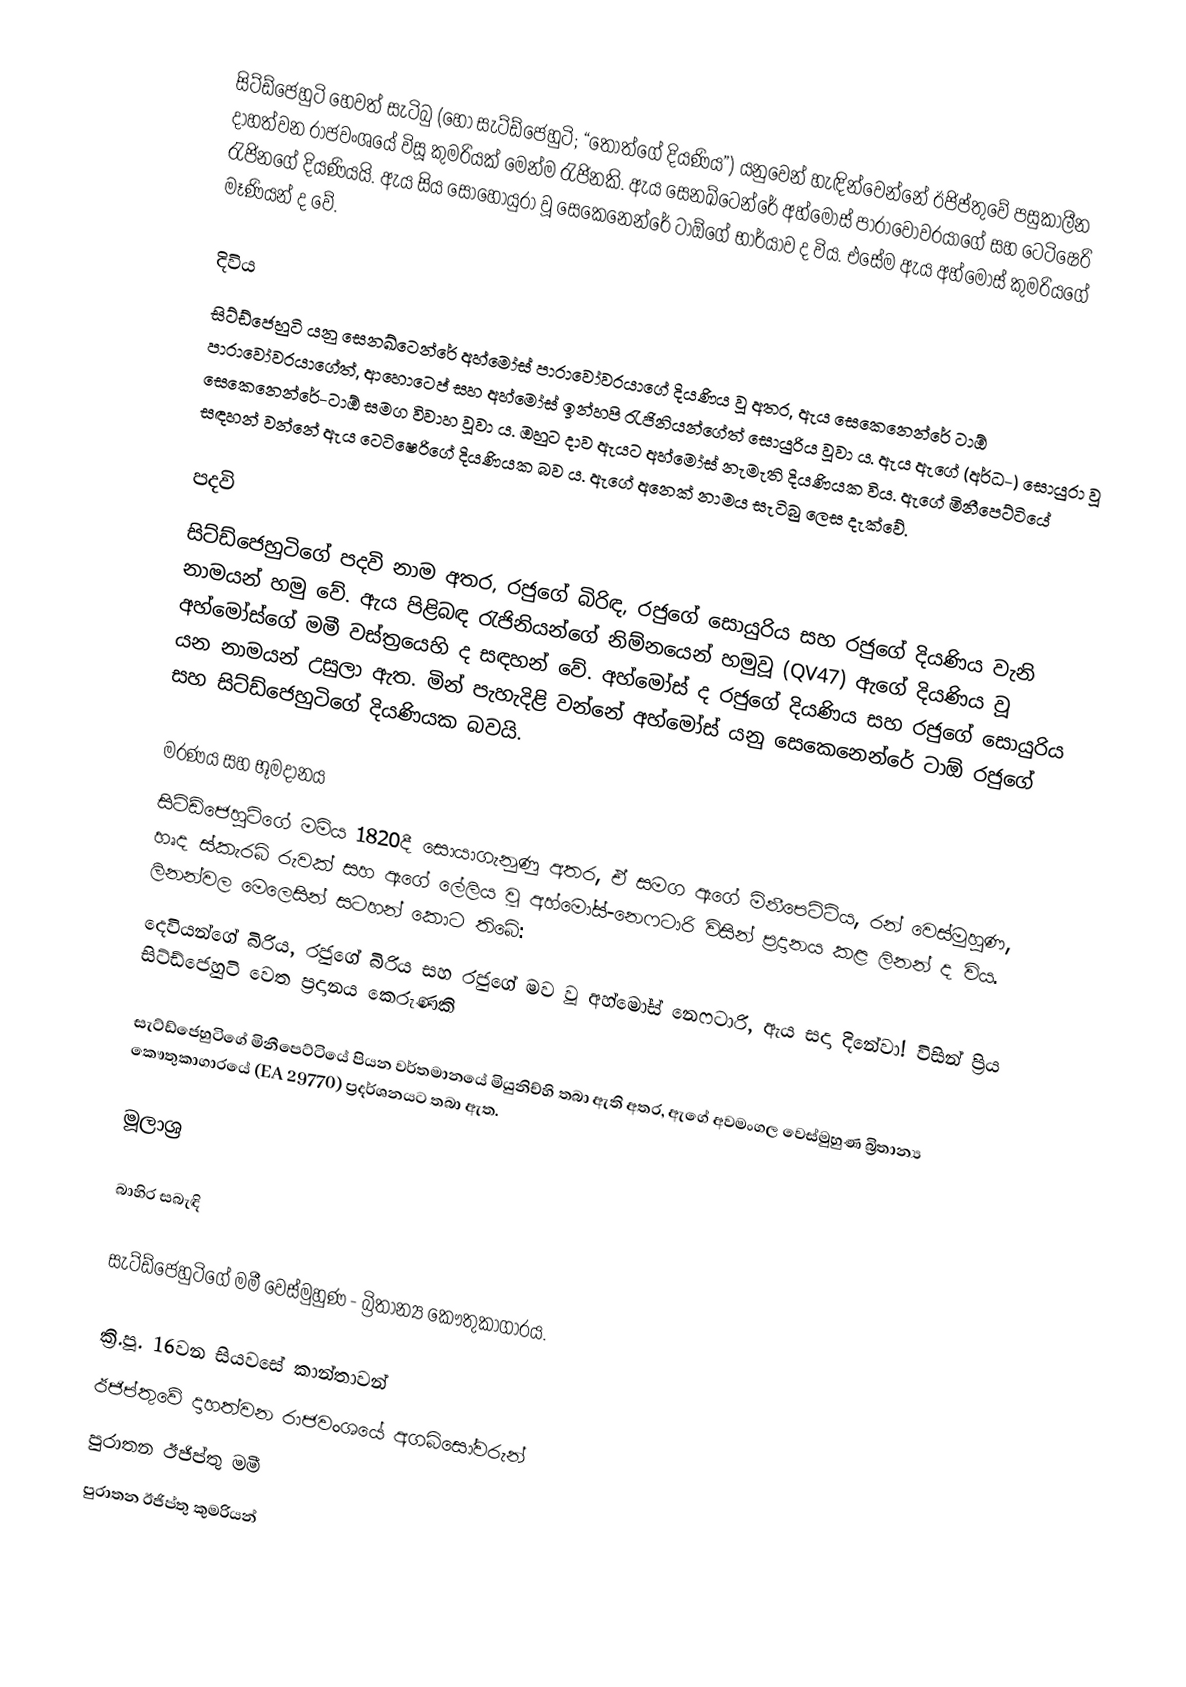
සිට්ඩ්ජෙහුටි හෙවත් සැටිබු (හෝ සැට්‍ඩ්ජෙහුටි; “තොත්ගේ දියණිය”) යනුවෙන් හැඳින්වෙන්නේ ඊජිප්තුවේ පසුකාලීන දාහත්වන රාජවං‍ශයේ විසූ කුමරියක් මෙන්ම රැජිනකි. ඇය සෙනඛ්ටෙන්රේ අහ්මෝස් පාරාවෝවරයාගේ සහ ටෙටිෂෙරි රැජිනගේ දියණියයි. ඇය සිය සොහොයුරා වූ සෙකෙනෙන්රේ ටාඕගේ භාර්යාව ද විය. එසේම ඇය අහ්මෝස් කුමරියගේ මෑණියන් ද වේ.

දිවිය
සිට්ඩ්ජෙහුටි යනු සෙනඛ්ටෙන්රේ අහ්මෝස් පාරාවෝවරයාගේ දියණිය වූ අතර, ඇය සෙකෙනෙන්රේ ටාඕ පාරාවෝවරයාගේත්, ආහොටෙප් සහ අහ්මෝස් ඉන්හපි රැජිනියන්ගේත් සොයුරිය වූවා ය. ඇය ඇගේ (අර්ධ-) සොයුරා වූ සෙකෙනෙන්රේ-ටාඕ සමග විවාහ වූවා ය. ඔහුට දාව ඇයට අහ්මෝස් නැමැති දියණියක විය. ඇගේ මිනීපෙට්ටියේ සඳහන් වන්නේ ඇය ටෙටිෂෙරිගේ දියණියක බව ය. ඇගේ අනෙක් නාමය සැටිබු ලෙස දැක්වේ.

පදවි
සිට්ඩ්ජෙහුටිගේ පදවි නාම අතර, රජුගේ බිරිඳ, රජුගේ සොයුරිය සහ රජුගේ දියණිය වැනි නාමයන් හමු වේ. ඇය පිළිබඳ රැජිනියන්ගේ නිම්නයෙන් හමුවූ (QV47) ඇගේ දියණිය‍ වූ අහ්මෝස්ගේ මමී වස්ත්‍රයෙහි ද සඳහන් වේ. අහ්මෝස් ද රජුගේ දියණිය සහ රජුගේ සොයුරිය යන නාමයන් උසුලා ඇත. මින් පැහැදිළි වන්නේ අහ්මෝස් යනු සෙකෙනෙන්රේ ටාඕ රජුගේ සහ සිට්ඩ්ජෙහුටිගේ දියණියක බවයි.

මරණය සහ භූමදානය
සිට්ඩ්ජෙහුටිගේ මමිය 1820දී සොයාගැනුණු අතර, ඒ සමග ඇගේ මිනීපෙට්ටිය, රන් වෙස්මුහුණ, හෘද ස්කැරබ් රුවක් සහ ඇගේ ලේලිය වූ අහ්මෝස්-නෙෆටාරි විසින් ප්‍රදානය කළ ලිනන් ද ‍විය. ලිනන්වල මෙලෙසින් සටහන් කොට තිබේ:
දෙවියන්ගේ බිරිය, රජුගේ බිරිය සහ රජුගේ මව වූ අහ්මෝස් නෙෆටාරි, ඇය සදා දිනේවා! විසින් ප්‍රිය සිට්ඩ්ජෙහුටි වෙත ප්‍රදානය කෙරුණකි

සැට්ඩ්ජෙහුටිගේ මිනීපෙට්ටියේ පියන වර්තමානයේ මියුනිච්හි තබා ඇති අතර, ඇගේ අවමංගල වෙස්මුහුණ බ්‍රිතාන්‍ය කෞතුකාගාරයේ (EA 29770) ප්‍රදර්ශනයට තබා ඇත.

මූලාශ්‍ර

බාහිර සබැඳි

 සැට්ඩ්ජෙහුටිගේ මමී වෙස්මුහුණ - බ්‍රිතාන්‍ය කෞතුකාගාරය.

ක්‍රි.පූ. 16වන සියවසේ කාන්තාවන්
ඊජිප්තුවේ දාහත්වන රාජවංශයේ අගබිසෝවරුන්
පුරාතන ඊජිප්තු මමී
පුරාතන ඊජිප්තු කුමරියන්